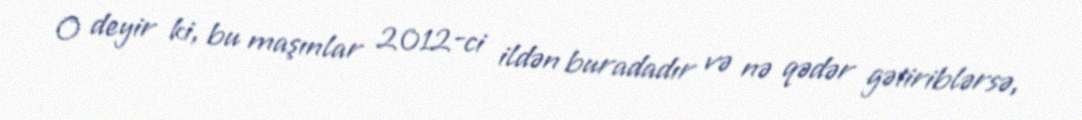
O deyir ki, bu maşınlar 2012-ci ildən buradadır və nə qədər gətiriblərsə,